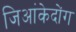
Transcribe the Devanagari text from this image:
जिआंकेदोंग